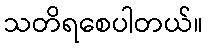
သတိရစေပါတယ်။